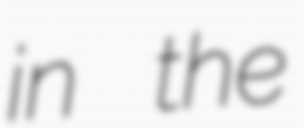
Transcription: in the